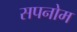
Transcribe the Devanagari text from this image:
सपनोम